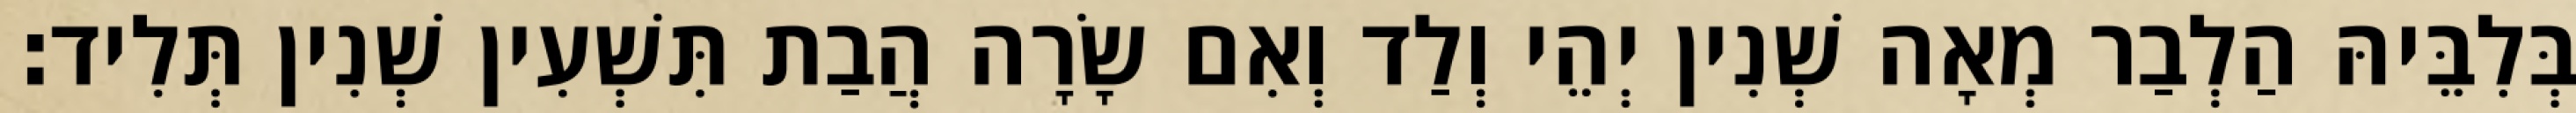
בְּלִבֵּיהּ הַלְבַר מְאָה שְׁנִין יְהֵי וְלַד וְאִם שָׂרָה הֲבַת תִּשְׁעִין שְׁנִין תְּלִיד׃